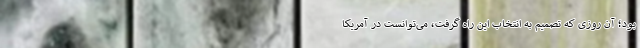
بود؛ آن روزی که تصمیم به انتخاب این راه گرفت، می‌توانست در آمریکا